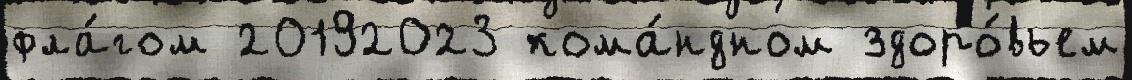
фла́гом 20192023 кома́ндном здоро́вьем